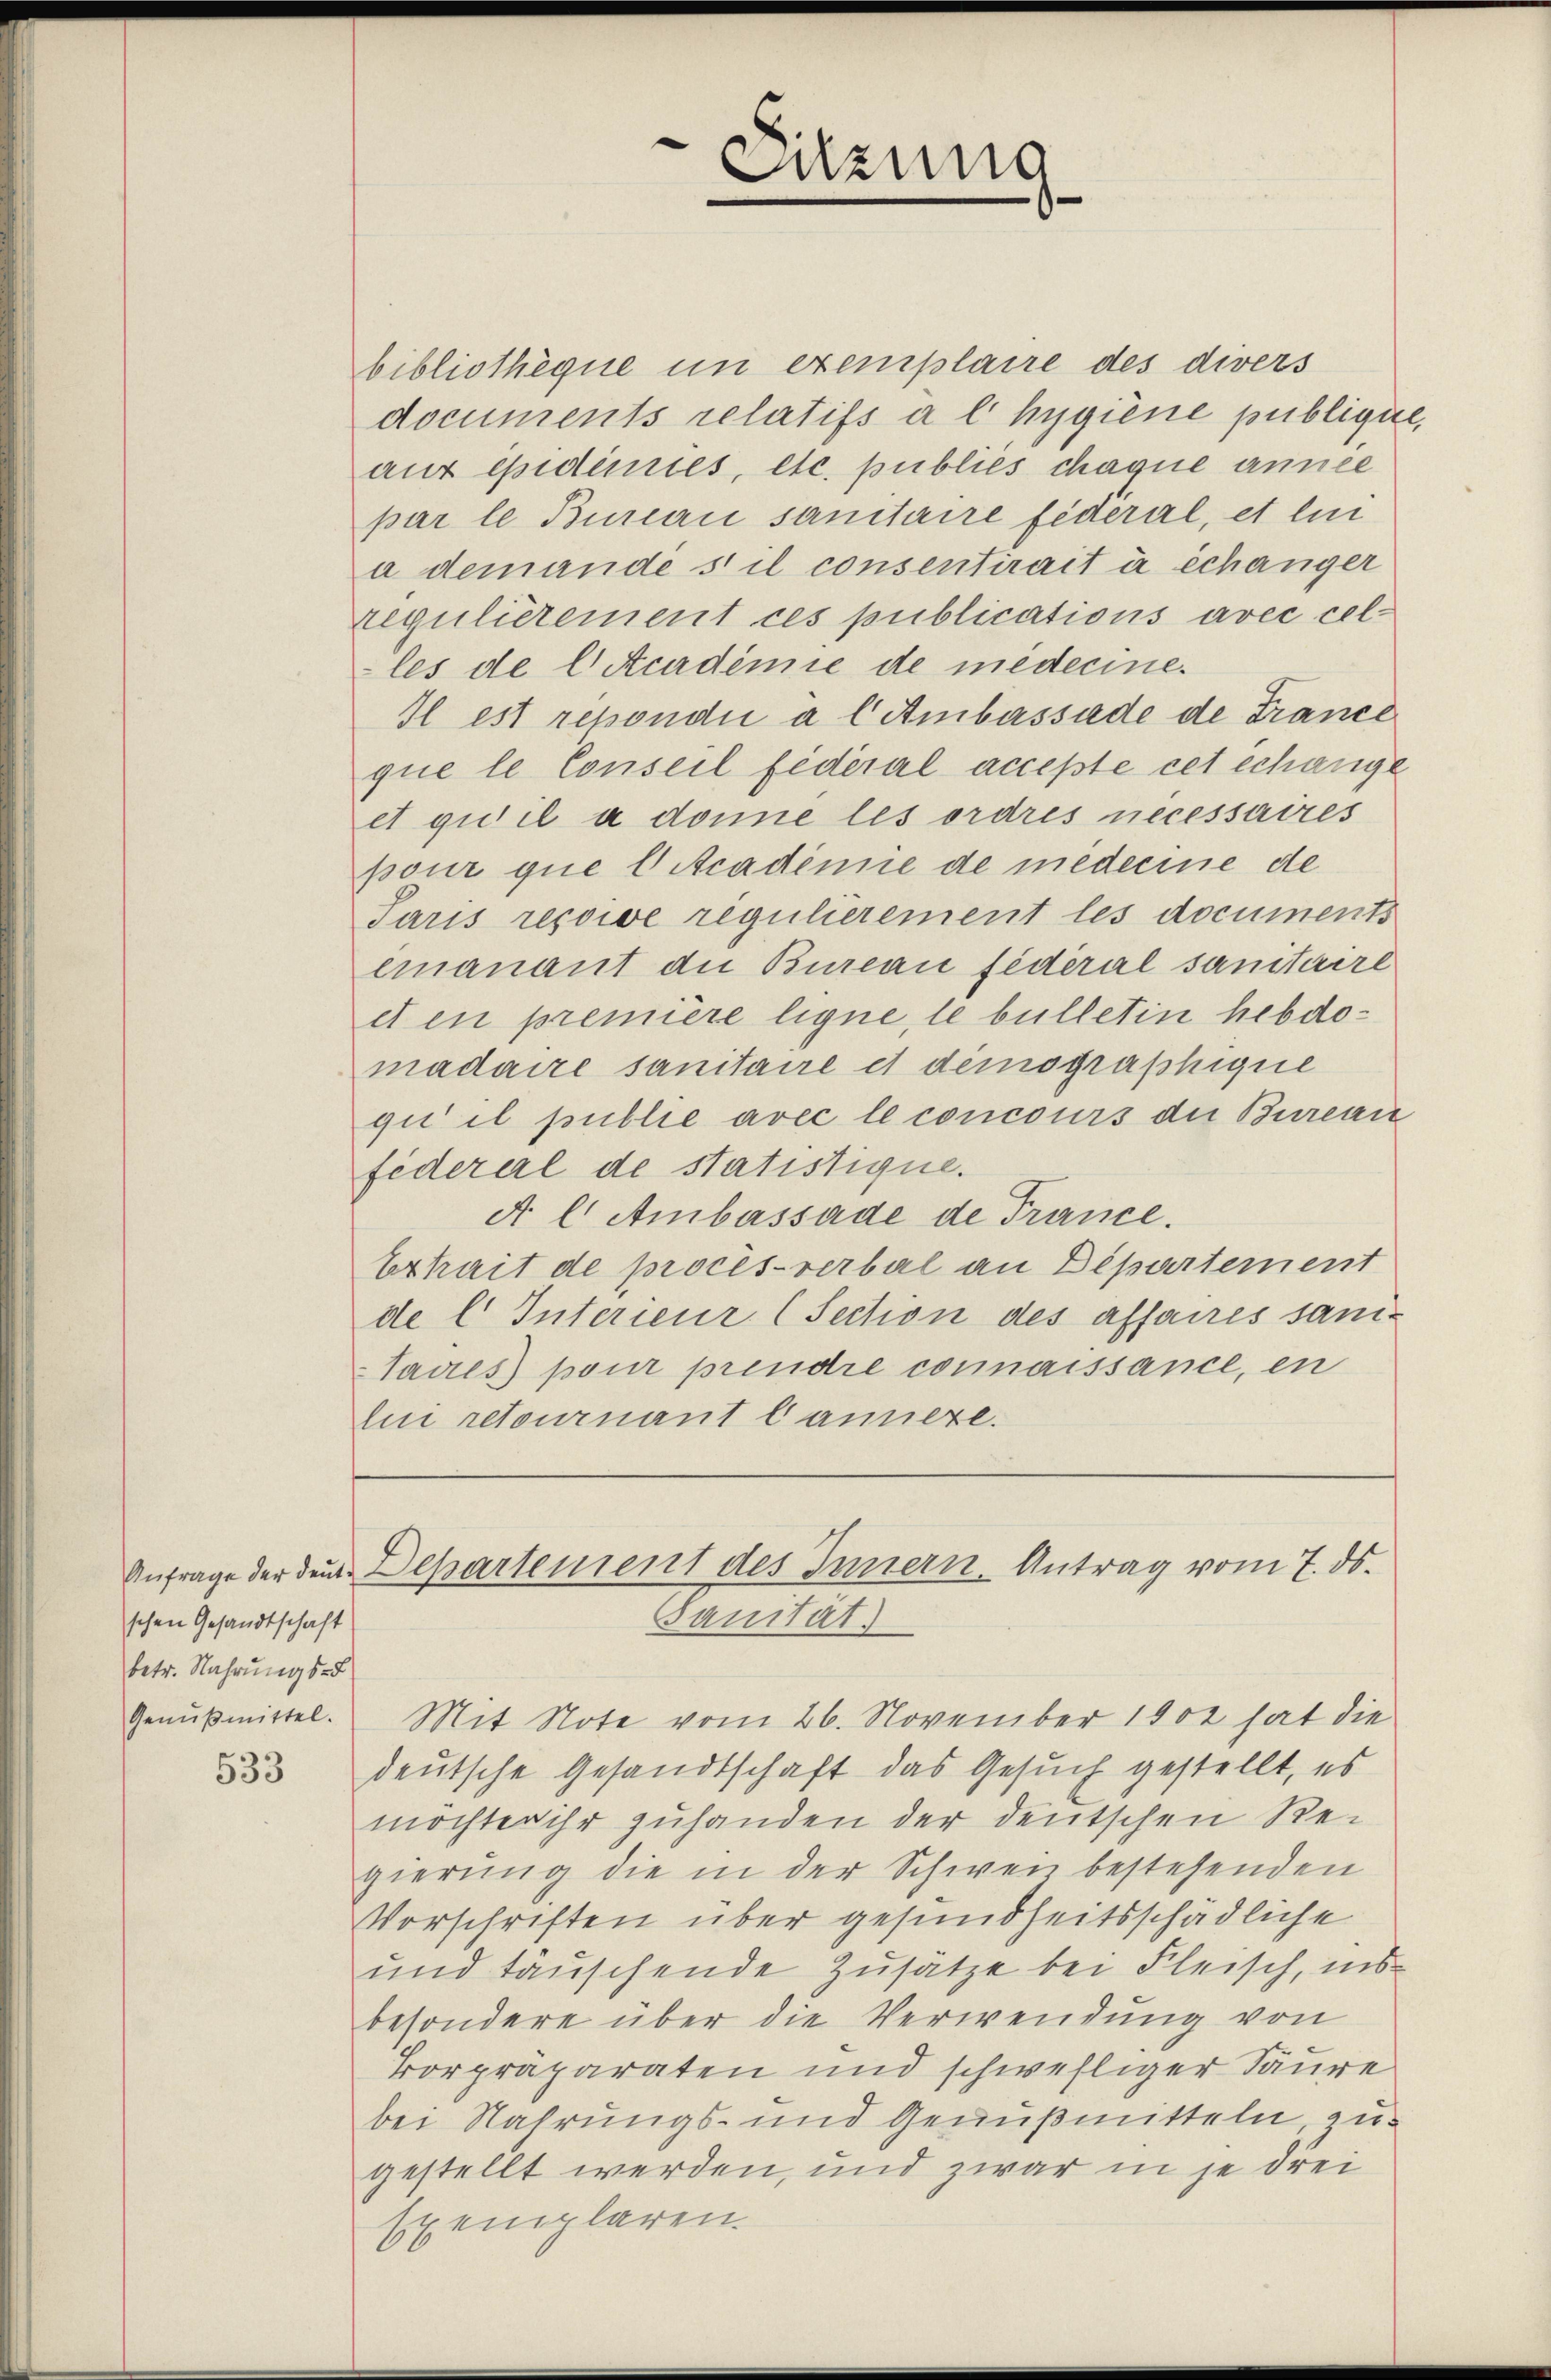
schen Gesandtschaft
betr. Nahrungs-

bibliothèque in exemplaire des divers
documents relatifs à l hygiene publique,
aus epidemies, etc. publiés chaque année
par le Bureau sanitaire fidéral, et lui
a demande stil consentirait à échanger
regulièrement ces publications avec cel-
les de l. Academie de médecine.
Il est repondii a l Ambassade de France
que le Conseil fédéral accepte cet échange
et qu’il a donne les ordres necessaires
pour que l Academie de medeeine de
Paris reçoive regulierement les documents
einanant die Bureau fédéral sanitaire
et in première ligne, le bulletin hebdomadaire sanitaire et demographique
gii il publie avec le concours der Bureau
federerl de statistique.
A l Ambassade de France.
Erhait de procès-verbal an Departement
de l. Interieur (Section des affaires sani¬
Jaues pour prendre connaissance, en
lui retournant bannexe.

Genŭsmittel. Mit Note vom 26. November 1902 hat die
853 deutsche Gesandtschaft das Gesuch gestellt, es
möchter ihr zuhanden der deutschen Regierung die in der Schweiz bestehenden
Vorschriften über gesundheitsschädliche
und täuschende Zusätze bei Fleisch, ins
besondere über die Verwendung von
korpräparaten und schwelliger Saure
bei Nahrungs- und Genußmitteln zu-
gestellt werden, und zwar in je drei
Exemplaren.

Sitzung

Anfrage der den Departement des Innern. Antrag vom 7. ds.
Sanität.